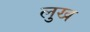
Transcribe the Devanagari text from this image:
लुख